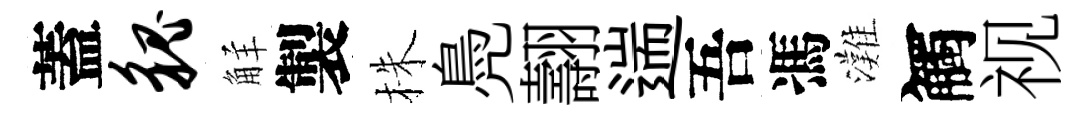
蓋貌觧製株鳧翿遄吾馮灘觸视